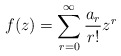
\begin{align*}f(z)=\sum^{\infty}_{r=0}\frac{a_{r}}{r!}z^{r}\end{align*}